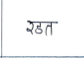
मजकूर: रडत